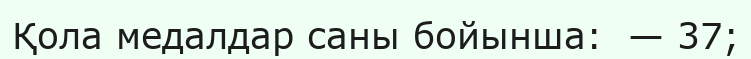
Қола медалдар саны бойынша:  — 37;